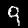
Digit: 9